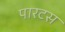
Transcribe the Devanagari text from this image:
पारटस